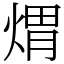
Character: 煟